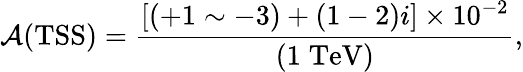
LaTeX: {\cal A}(\mathrm{TSS})=\frac{\left[(+1\sim-3)+(1-2)i\right]\times 10^{-2}}{(1\; \mathrm{TeV})},